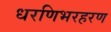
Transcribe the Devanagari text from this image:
धरणिभरहरण